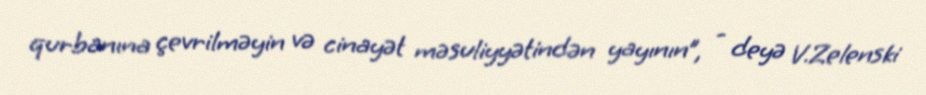
qurbanına çevrilməyin və cinayət məsuliyyətindən yayının”, - deyə V.Zelenski